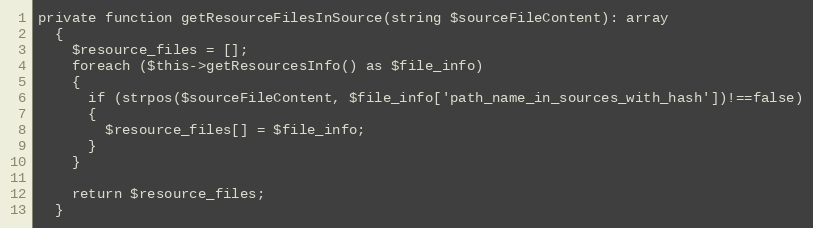
Language: PHP
private function getResourceFilesInSource(string $sourceFileContent): array
  {
    $resource_files = [];
    foreach ($this->getResourcesInfo() as $file_info)
    {
      if (strpos($sourceFileContent, $file_info['path_name_in_sources_with_hash'])!==false)
      {
        $resource_files[] = $file_info;
      }
    }

    return $resource_files;
  }